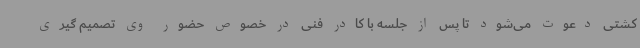
کشتی دعوت می‌شود تا پس از جلسه با کادر فنی در خصوص حضور وی تصمیم گیری